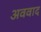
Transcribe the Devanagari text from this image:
अववाद